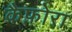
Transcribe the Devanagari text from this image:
कैफ़ोरा